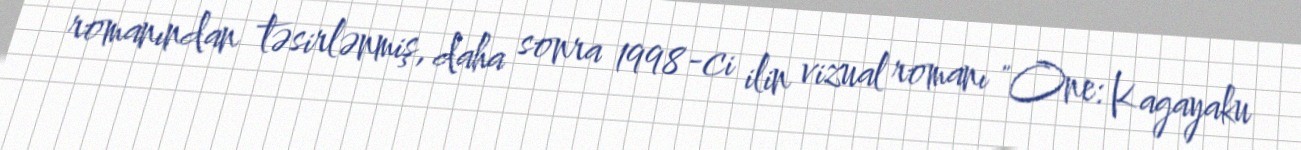
romanından təsirlənmiş, daha sonra 1998-ci ilin vizual romanı "One: Kagayaku